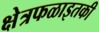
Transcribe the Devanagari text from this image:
क्षेत्रफळाइतकी